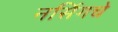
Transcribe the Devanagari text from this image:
नर्सिगचे